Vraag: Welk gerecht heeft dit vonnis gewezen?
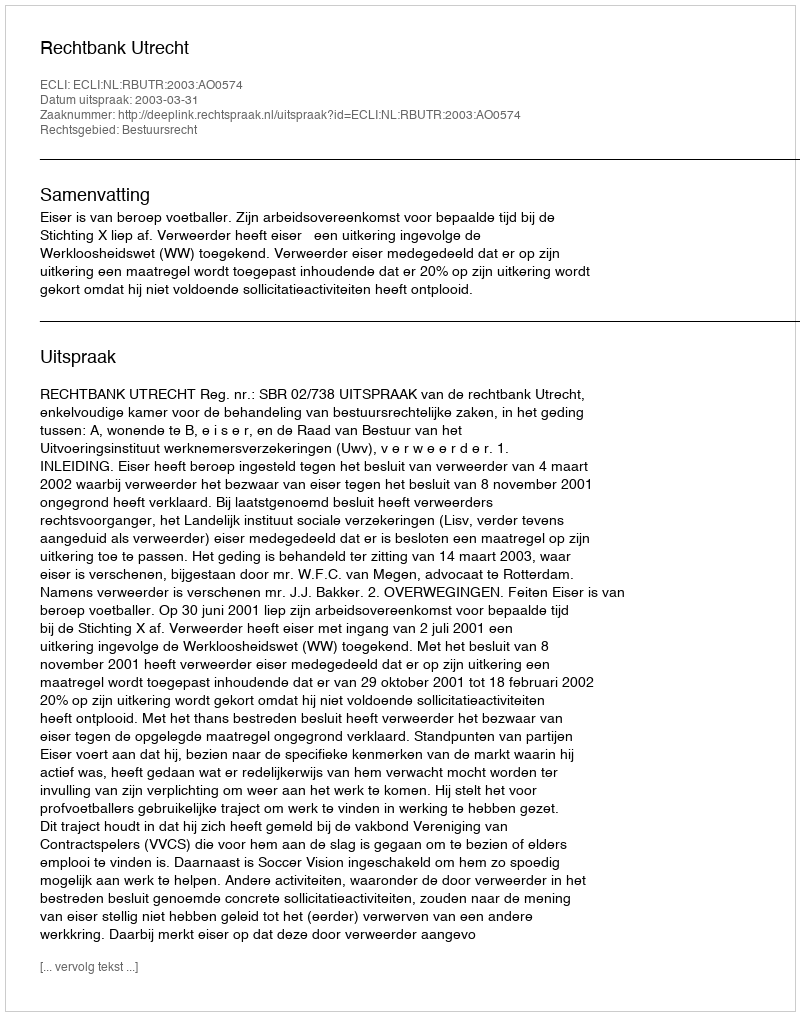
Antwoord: Rechtbank Utrecht